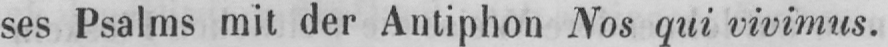
ses Psalms mit der Antiphon Nos qui vivimus.